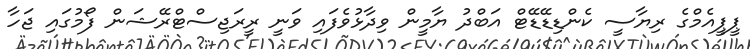
ޕީޕީއެމްގެ ރިޔާސީ ކެންޑިޑޭޑޭޓް އަބްދު ޔާމީން ވިދާޅުވެފައި ވަނީ ރީރަޖިސްޓްރޭޝަން ފޯމުގައި ޖަހާ